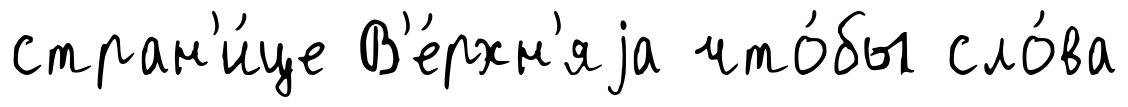
стран'и́це В'е́рхн'яjа что́бы сло́ва